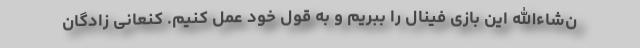
ن‌شاءالله این بازی فینال را ببریم و به قول خود عمل کنیم. کنعانی زادگان